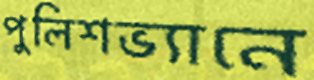
পুলিশভ্যানে